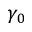
\gamma _ { 0 }